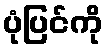
ပုံပြင်ကို